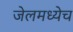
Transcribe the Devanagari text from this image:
जेलमध्येच